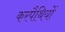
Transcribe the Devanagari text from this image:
करपैथियों